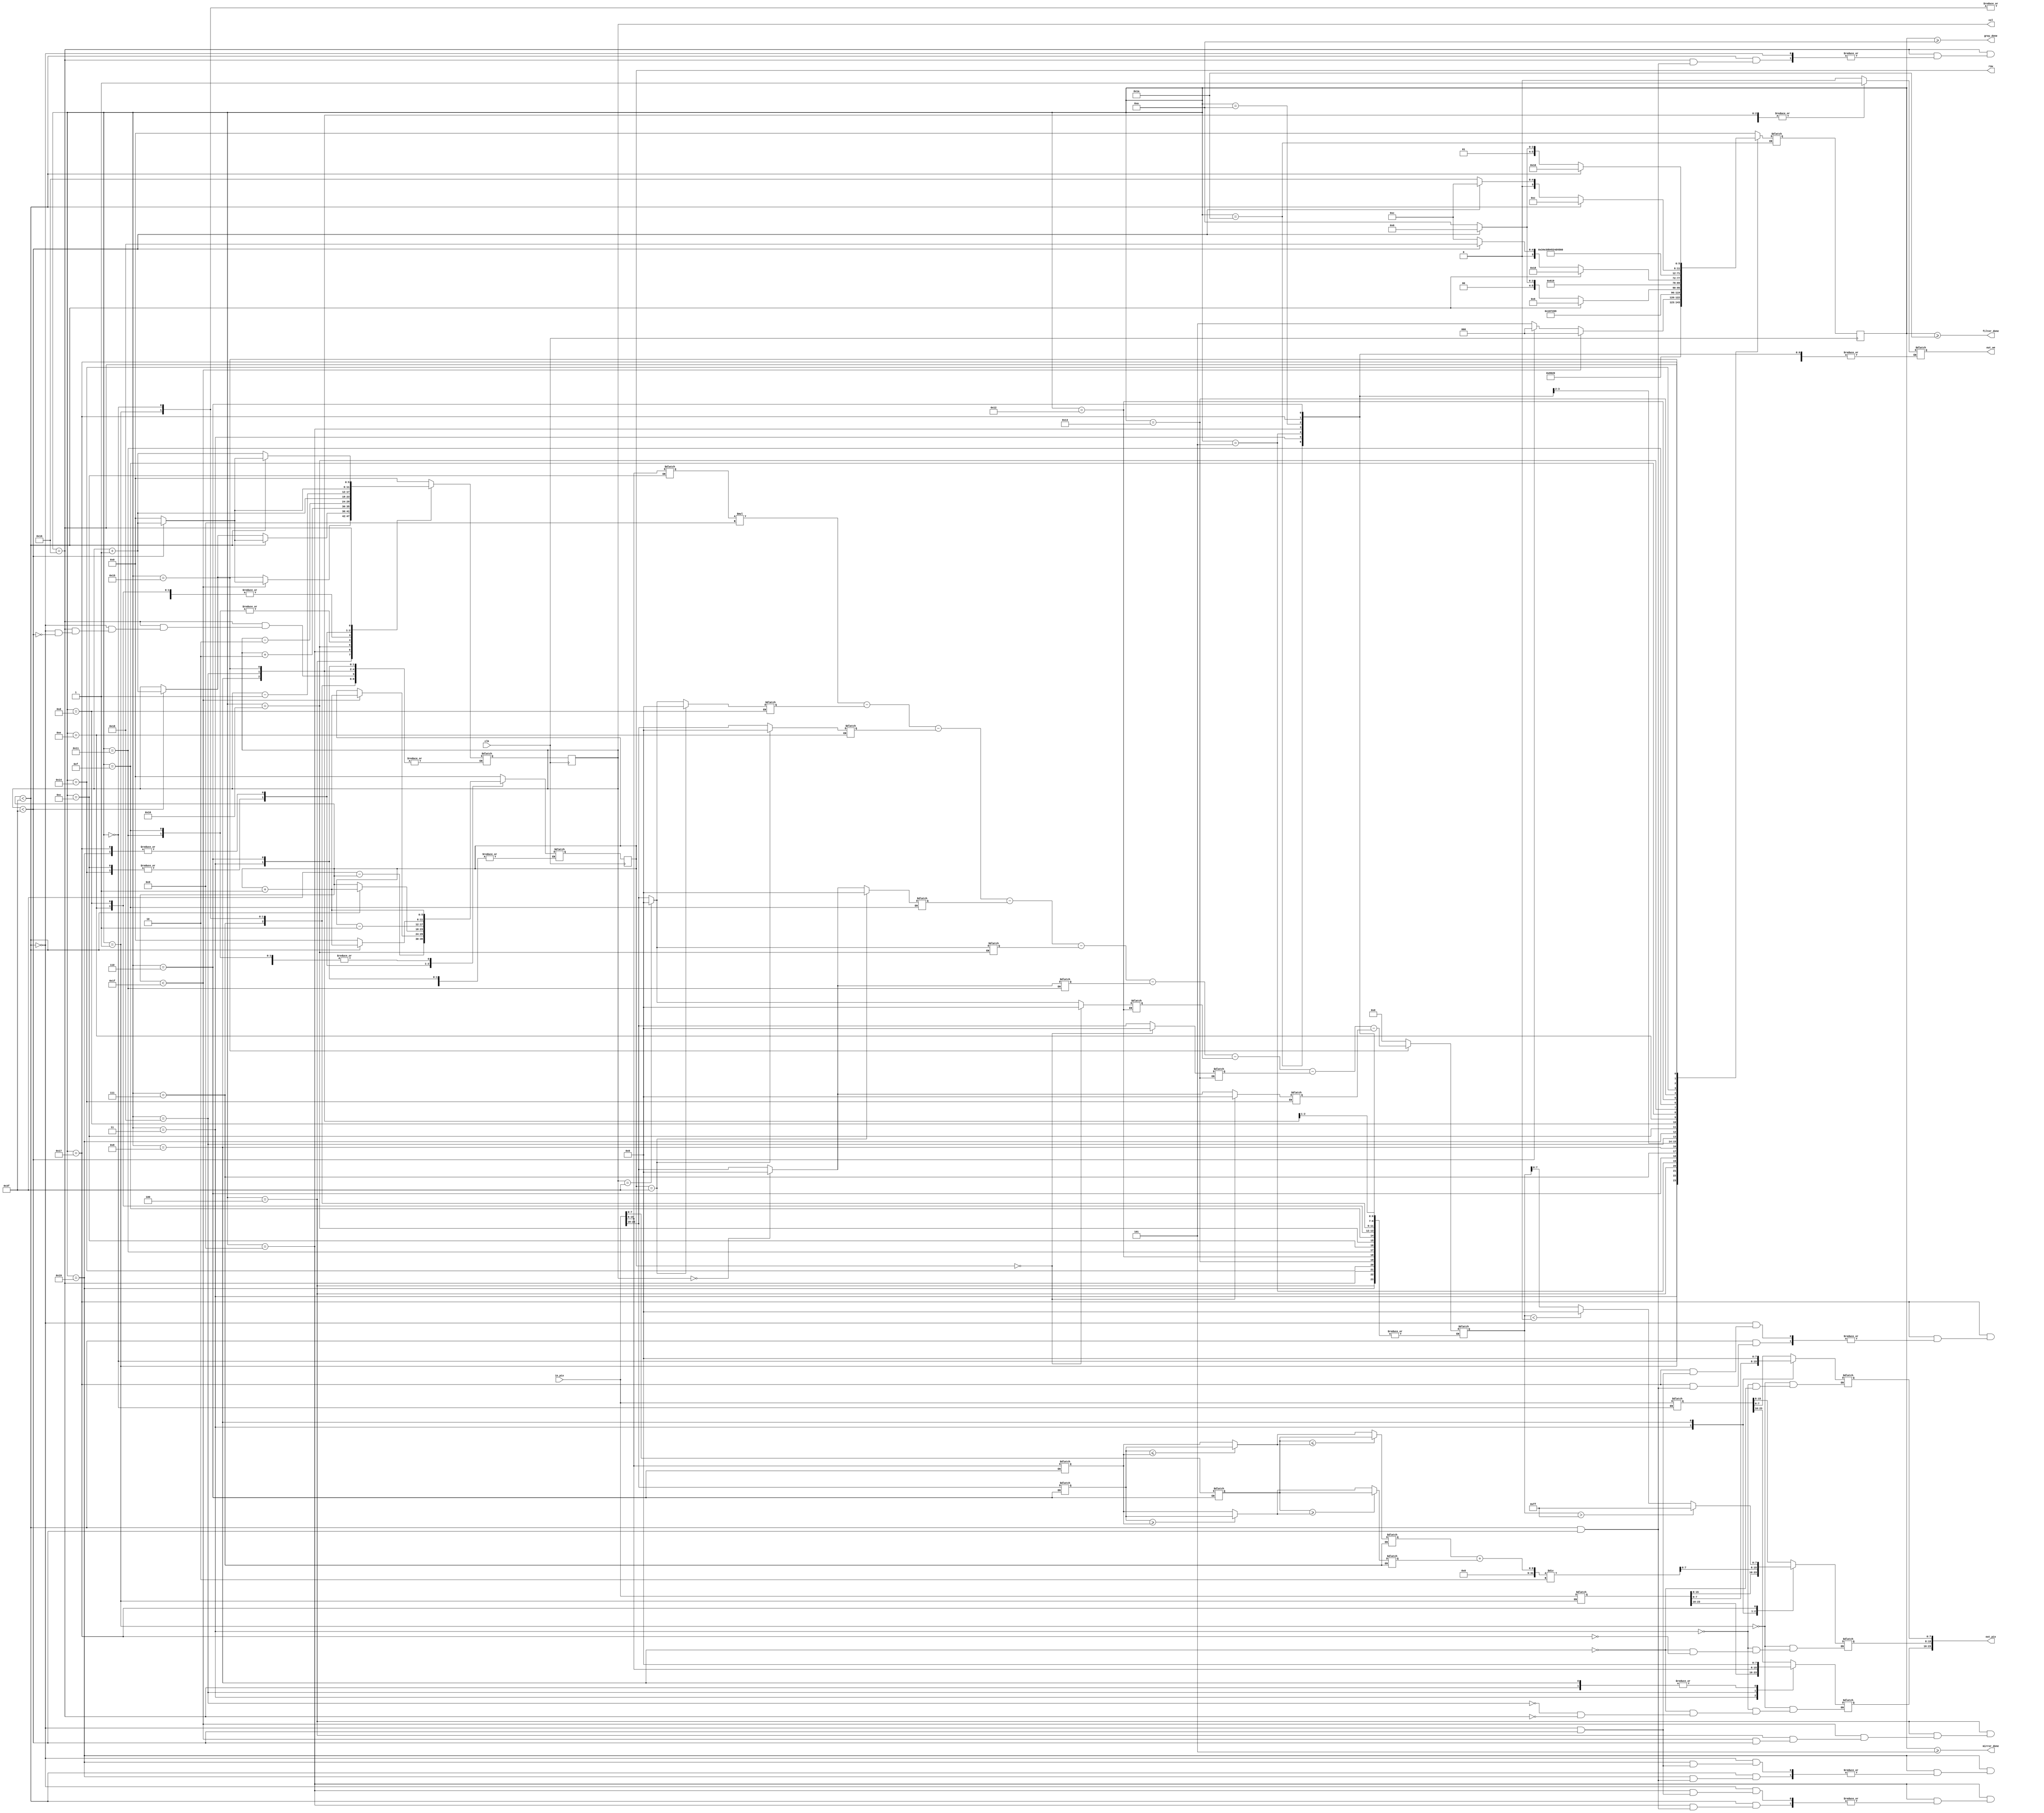
`timescale 1ns / 1ps

module process(
	input clk,				// clock 
	input [23:0] in_pix,	// valoarea pixelului de pe pozitia [in_row, in_col] din imaginea de intrare (R 23:16; G 15:8; B 7:0)
	output reg [5:0] row, col, 	// selecteaza un rand si o coloana din imagine
	output reg out_we, 			// activeaza scrierea pentru imaginea de iesire (write enable)
	output reg [23:0] out_pix,	// valoarea pixelului care va fi scrisa in imaginea de iesire pe pozitia [out_row, out_col] (R 23:16; G 15:8; B 7:0)
	output mirror_done,		// semnaleaza terminarea actiunii de oglindire (activ pe 1)
	output gray_done,		// semnaleaza terminarea actiunii de transformare in grayscale (activ pe 1)
	output filter_done);	// semnaleaza terminarea actiunii de aplicare a filtrului de sharpness (activ pe 1)
	
	reg [5:0] state, next_state;
	reg [5:0] next_row, next_col;
	reg [23:0] pix1, pix2;
	
	reg [7:0] R, G, B;
	reg [7:0] min, max;
	reg [7:0] medie;
	
	reg  [7:0] aux1, aux2, aux3;
	reg  [7:0] aux4, aux5, aux6;
	reg  [7:0] aux7, aux8, aux9;
	
	reg signed [11:0] aux;
	
	assign mirror_done = state >= 5;
	assign gray_done = state >= 10;
	assign filter_done = state >= 26; 
	
	always @(posedge clk) begin
		state <= next_state;
		row <= next_row;
		col <= next_col;
	end
		
	always @(*) begin
	
		case(state)
		
		// Mirroring
		
			default: begin
				next_state = 0;
				next_row = 0;
				next_col = 0;
				out_we = 0;
				aux = 0;		
				end
			
			0: begin 
				pix1 = in_pix;
				next_row = 63 - row;
				next_state = 1;
			end
			
			1: begin 
				pix2 = in_pix;
				out_we = 1;
				out_pix = pix1;
				next_row = 63 - row;
				next_state = 3;
			end
			
			3: begin
				out_pix = pix2;
				next_state = 4;
			end
			
			4: begin
			
				out_we = 0;
				
				if (row < 31)
					if (col < 63) begin
						next_col = col + 1;
						next_state = 0;
					end
					else
					begin 
						next_row = row + 1;
						next_col = 0;
						next_state = 0;
					end
				else
					if (col < 63) begin
						next_row = row;
						next_col = col + 1;
						next_state = 0;
					end
					else
					begin 
						next_row = row;
						next_col = col;
						next_state = 5;
					end
				end
				
			5: begin
				next_row = 0;
				next_col = 0;
				next_state = 6;
				end
				
			// Grayscale
			
			6: begin
				R = in_pix[23:16];
				G = in_pix[15:8];
				B = in_pix[7:0];
				next_state = 7;
				end
				
			7: begin
				if (R <= G)
					min = R;
				else
					min = G;
				
				if (B <= min)
					min = B;
					
				if (R >= G)
					max = R;
				else
					max = G;
					
				if (B >= max)
					max = B;
				next_state = 8;
				end
				
			8: begin
				medie = (min + max) / 2;
				out_we = 1;
				out_pix[23:16] = 8'b0;
				out_pix[15:8] = medie;
				out_pix[7:0] = 8'b0;
				next_state = 9;
				end
				
			9: begin
				if (row < 63)
					if (col < 63) begin
						next_col = col + 1;
						next_state = 6;
					end
					else
					begin
						next_col = 0;
						next_row = row + 1;
						next_state = 6;
					end
				else
					if (col < 63) begin
						next_col = col + 1;
						next_state = 6;
					end
					else
					begin
						next_row = row;
						next_col = col;
						next_state = 10;
					end
				end
					
			10: begin 
				 next_row = 0;
				 next_col = 0;
				 next_state = 24;
				 end
				 
			// Sharpening	 
			
			24: begin // copiez bitii din canalul G in canalul R
				 out_we = 1;
				 out_pix[23:16] = in_pix[15:8];
				 next_state = 25;
			end
			
			25: begin // repet procedura pentru intreaga matrice
				 out_we = 0;
				 if (row < 63)
						if (col < 63) begin
							next_col = col + 1;
							next_state = 24;
						end
						else
						begin 
							next_col = 0;
							next_row = row + 1;
							next_state = 24;
						end
					else
						if (col < 63) begin
							next_col = col + 1;
							next_state = 24;
						end
						else
						begin
							next_col = 0;
							next_row = 0;
							next_state = 12;
						end
			end
			
			12: begin // memorez in aux5 valoarea pixelului ce trebuie prelucrat
			
				out_we = 1;
				aux5 = in_pix[15:8];
				
				next_row = row - 1;
				next_col = col - 1;
				next_state = 13;
				
			end

			13: begin // in continuare, testez toate cazurile in care se pot afla pixelii de pe "rama" lui aux5
			
				if(row == 63)
					aux1 = 0;
				else 
					if(col == 63)
						aux1 = 0;
					else
						aux1 = in_pix[23:16];
					
				next_col = col + 1;
				next_state = 14;
			end

			14: begin
				if(row == 63)
					aux2 = 0;
				else
					aux2 = in_pix[23:16];
					
				next_col = col + 1;
				next_state = 15;
			end

			15: begin
				if(row == 63)
					aux3 = 0;
				else 
					if(col == 0)
						aux3 = 0;
					else
						aux3 = in_pix[23:16];
					
				next_col = col - 2;
				next_row = row + 1;
				next_state = 16;
			end

			16: begin
				if(col == 63)
					aux4 = 0;
				else
					aux4 = in_pix[23:16];
					
				next_col = col + 2;
				next_state = 17;
			end

			17: begin
				if(col == 0)
					aux6 = 0;
				else
					aux6 = in_pix[23:16];
					
				next_col = col - 2;
				next_row = row + 1;
				next_state = 18;
			end

			18: begin
				if(row == 0)
					aux7 = 0;
				else if(col == 63)
					aux7 = 0;
				else
					aux7 = in_pix[23:16];
					
				next_col = col + 1;
				next_state = 19;
			end

			19: begin
				if(row == 0)
					aux8 = 0;
				else
					aux8 = in_pix[23:16];
					
				next_col = col + 1;
				next_state = 20;
			end

			20: begin
				if(row == 0)
					aux9 = 0;
				else if(col == 0)
					aux9 = 0;
				else
					aux9 = in_pix[23:16];
					
				next_col = col - 1;
				next_row = row - 1;
				next_state = 21;
			end

			21: begin // aplic matricea de convolutie
				out_we = 1;
				aux = aux5 * 9 - aux1 - aux2 - aux3 - aux4 - aux6 - aux7 - aux8 - aux9;
				next_state = 23;
			end
			
			23: begin // actionez in cazul aparitiei depasirilor, asignand o valoare corecta pixelului curent, si repet algoritmul pentru intreaga matrice
				if (aux > 8'b11111111)
					out_pix[15:8] = 255;
				else
					if (aux < 0)
						out_pix[15:8] = 8'b0;	
					else
						out_pix[15:8] = aux[7:0];
				
				if (row < 63)
						if (col < 63) begin
							next_col = col + 1;
							next_state = 12;
						end
						else
						begin 
							next_col = 0;
							next_row = row + 1;
							next_state = 12;
						end
					else
						if (col < 63) begin
							next_col = col + 1;
							next_state = 12;
						end
						else
						begin
							next_col = 0;
							next_row = 0;
							next_state = 22;
						end
			end

			22: begin // suprascriu cu valoarea 0 canalul R al fiecarui pixel
				out_we = 1;
				out_pix[23:16] = 8'b0;
				
				if (row < 63)
						if (col < 63) begin
							next_col = col + 1;
							next_state = 22;
						end
						else
						begin 
							next_col = 0;
							next_row = row + 1;
							next_state = 22;
						end
					else
						if (col < 63) begin
							next_col = col + 1;
							next_state = 22;
						end
						else
						begin
							next_state = 26;
						end
			end
			
			26: begin
				 next_col = 0;
				 next_row = 0;
			end
		 
		endcase	
	end

endmodule